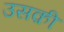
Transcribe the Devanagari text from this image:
उसक़ी